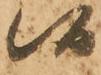
候